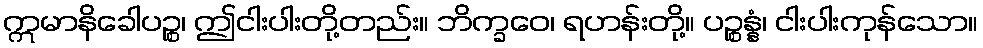
ဣမာနိခေါပဉ္စ၊ ဤငါးပါးတို့တည်း။ ဘိက္ခဝေ၊ ရဟန်းတို့။ ပဉ္စန္နံ၊ ငါးပါးကုန်သော။